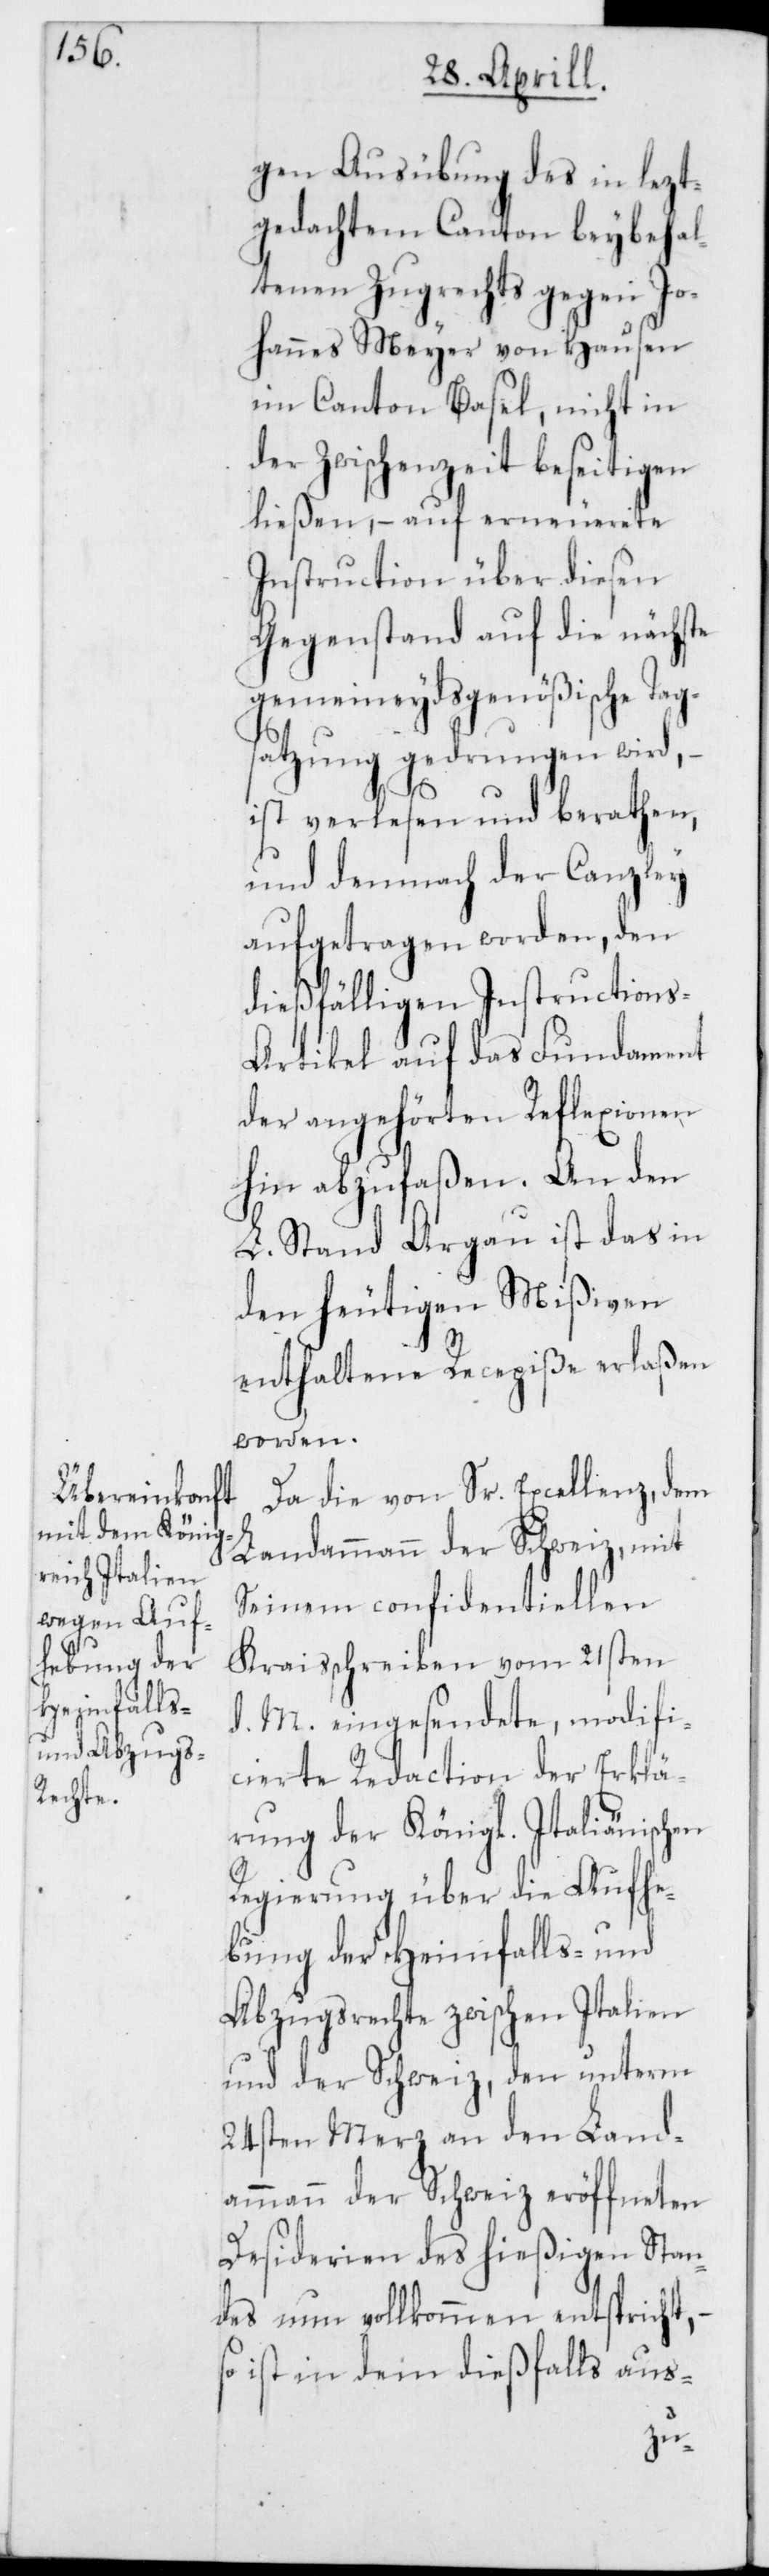
gen Ausübung des in lezt¬
gedachtem Canton beybehal¬
tenen Zugrechts gegen Jo¬
hannes Meyer von Hausen
im Canton Basel, nicht in
der Zwischenzeit beseitigen
ließen, – auf erneuerete
Instruction über diesen
Gegenstand auf die nächste
gemeineydsgenößische Tag¬
satzung gedrungen wird, –
ist verlesen und berathen,
und demnach der Canzley
aufgetragen worden, den
dießfälligen Instruction¬
s-Artikel auf das Fundament
der angehörten Reflexionen
hin abzufaßen. An den
L. Stand Argau ist das in
den heutigen Mißiven
enthaltene Recepiße erlaßen
worden.
Da die von Sr Excellenz, dem
Landammann der Schweiz, mit
Seinem confidentiellen
Kreisschreiben vom 21sten
d. M. eingesendete, modifi¬
cierte Redaction der Erklä¬
rung der Königl. Italiänischen
Regierung über die Aufhe¬
bung der Heimfalls- und
Abzugsrechte zwischen Italien
und der Schweiz, den unterm
24sten Merz an den Land¬
ammann der Schweiz eröffneten
Desiderien des hießigen Stan¬
des nun vollkommen entspricht,
so ist in dem dießfalls aus-